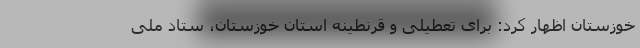
خوزستان اظهار کرد: برای تعطیلی و قرنطینه استان خوزستان، ستاد ملی